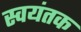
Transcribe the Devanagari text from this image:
स्‍वयंतक